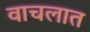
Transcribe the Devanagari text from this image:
वाचलात